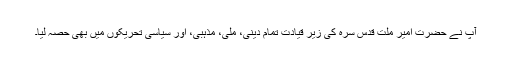
آپ نے حضرت امیرِ ملّت قدس سرّہ کی زیر قیادت تمام دینی، ملّی، مذہبی، اور سیاسی تحریکوں میں بھی حصّہ لیا۔